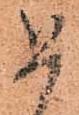
如